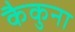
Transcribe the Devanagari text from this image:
कैकुना